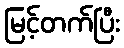
မြင့်တက်ပြီး